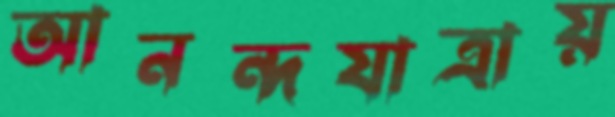
আনন্দযাত্রায়